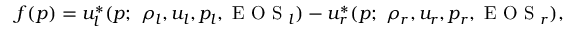
f ( p ) = u _ { l } ^ { * } ( p ; ~ \rho _ { l } , u _ { l } , p _ { l } , \mathrm { ~ E ~ O ~ S ~ } _ { l } ) - u _ { r } ^ { * } ( p ; ~ \rho _ { r } , u _ { r } , p _ { r } , \mathrm { ~ E ~ O ~ S ~ } _ { r } ) ,